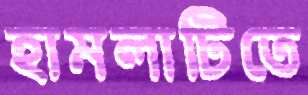
হামলাটিতে